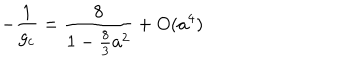
LaTeX: - { \frac { 1 } { g _ { c } } } = { \frac { 8 } { 1 - { \frac { 8 } { 3 } } a ^ { 2 } } } + O ( a ^ { 4 } )